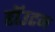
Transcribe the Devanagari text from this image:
हॉउटन